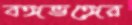
বঙ্গভঙ্গের